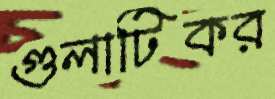
গুলাটিকর